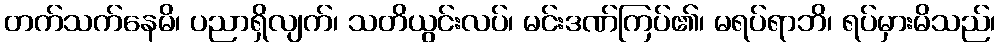
တက်သက်နေမိ၊ ပညာရှိလျက်၊ သတိယွင်းလပ်၊ မင်းဒဏ်ကြပ်၏၊ မရပ်ရာဘိ၊ ရပ်မှားမိသည်၊